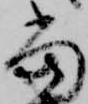
当